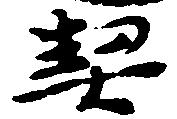
契